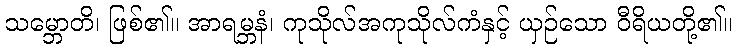
သမ္ဘောတိ၊ ဖြစ်၏။ အာရမ္ဘနံ၊ ကုသိုလ်အကုသိုလ်ကံနှင့် ယှဉ်သော ဝီရိယတို့၏။